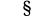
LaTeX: \ \ \ ^{\S}